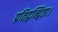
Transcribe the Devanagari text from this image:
प्रतिद्वन्द्विता।